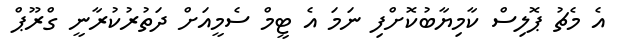
އެ މެޗު ޕޮލިސް ކާމިޔާބުކޮށްފި ނަމަ އެ ޓީމް ސެމީއަށް ދަތުރުކުރާނީ ގްރޫޕް